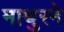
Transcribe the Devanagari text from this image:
माथुरने